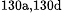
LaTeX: ^\textrm{\scriptsize 130a,130d}